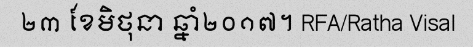
២៣ ខែមិថុនា ឆ្នាំ២០១៧។ RFA/Ratha Visal